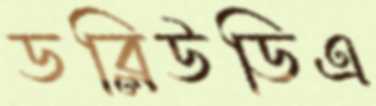
ডব্লিউডিএ